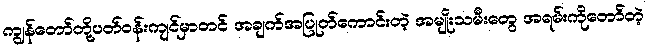
ကျွန်တော်တို့ပတ်ဝန်းကျင်မှာတင် အချက်အပြုတ်ကောင်းတဲ့ အမျိုးသမီးတွေ အရမ်းကိုတော်တဲ့